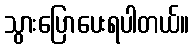
သွားပြောပေးရပါတယ်။